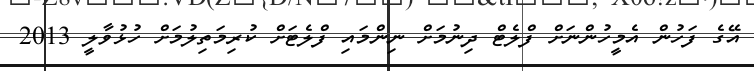
އޭގެ ފަހުން އެމީހުންނަށް ފްލެޓް ދިނުމަށް ނިންމައި ފްލެޓަށް ކުރިމަތިލުމަށް ހުޅުވާލީ 2013